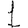
Digit: 1